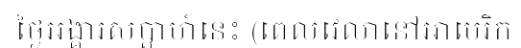
ថ្ងៃអង្គារសប្តាហ៍នេះ (ពេលវេលានៅអាមេរិក